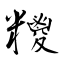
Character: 糭